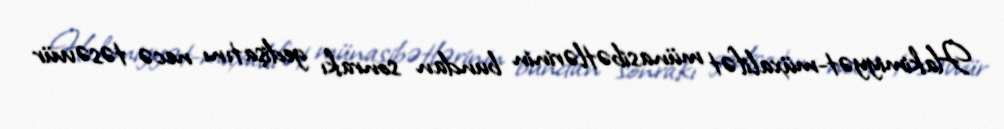
Hakimiyyət-müxalifət münasibətlərinin bundan sonrakı gedişatını necə təsəvvür